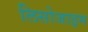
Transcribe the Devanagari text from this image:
लिसोजाइम